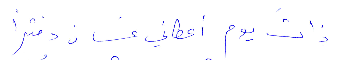
ذات يوم أعطاني غسان دفترًا